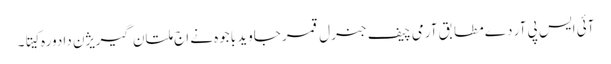
آئی ایس پی آر دے مطابق آرمی چیف جنرل قمر جاوید باجوہ نے اج ملتان گیریژن دا دورہ کیتا۔